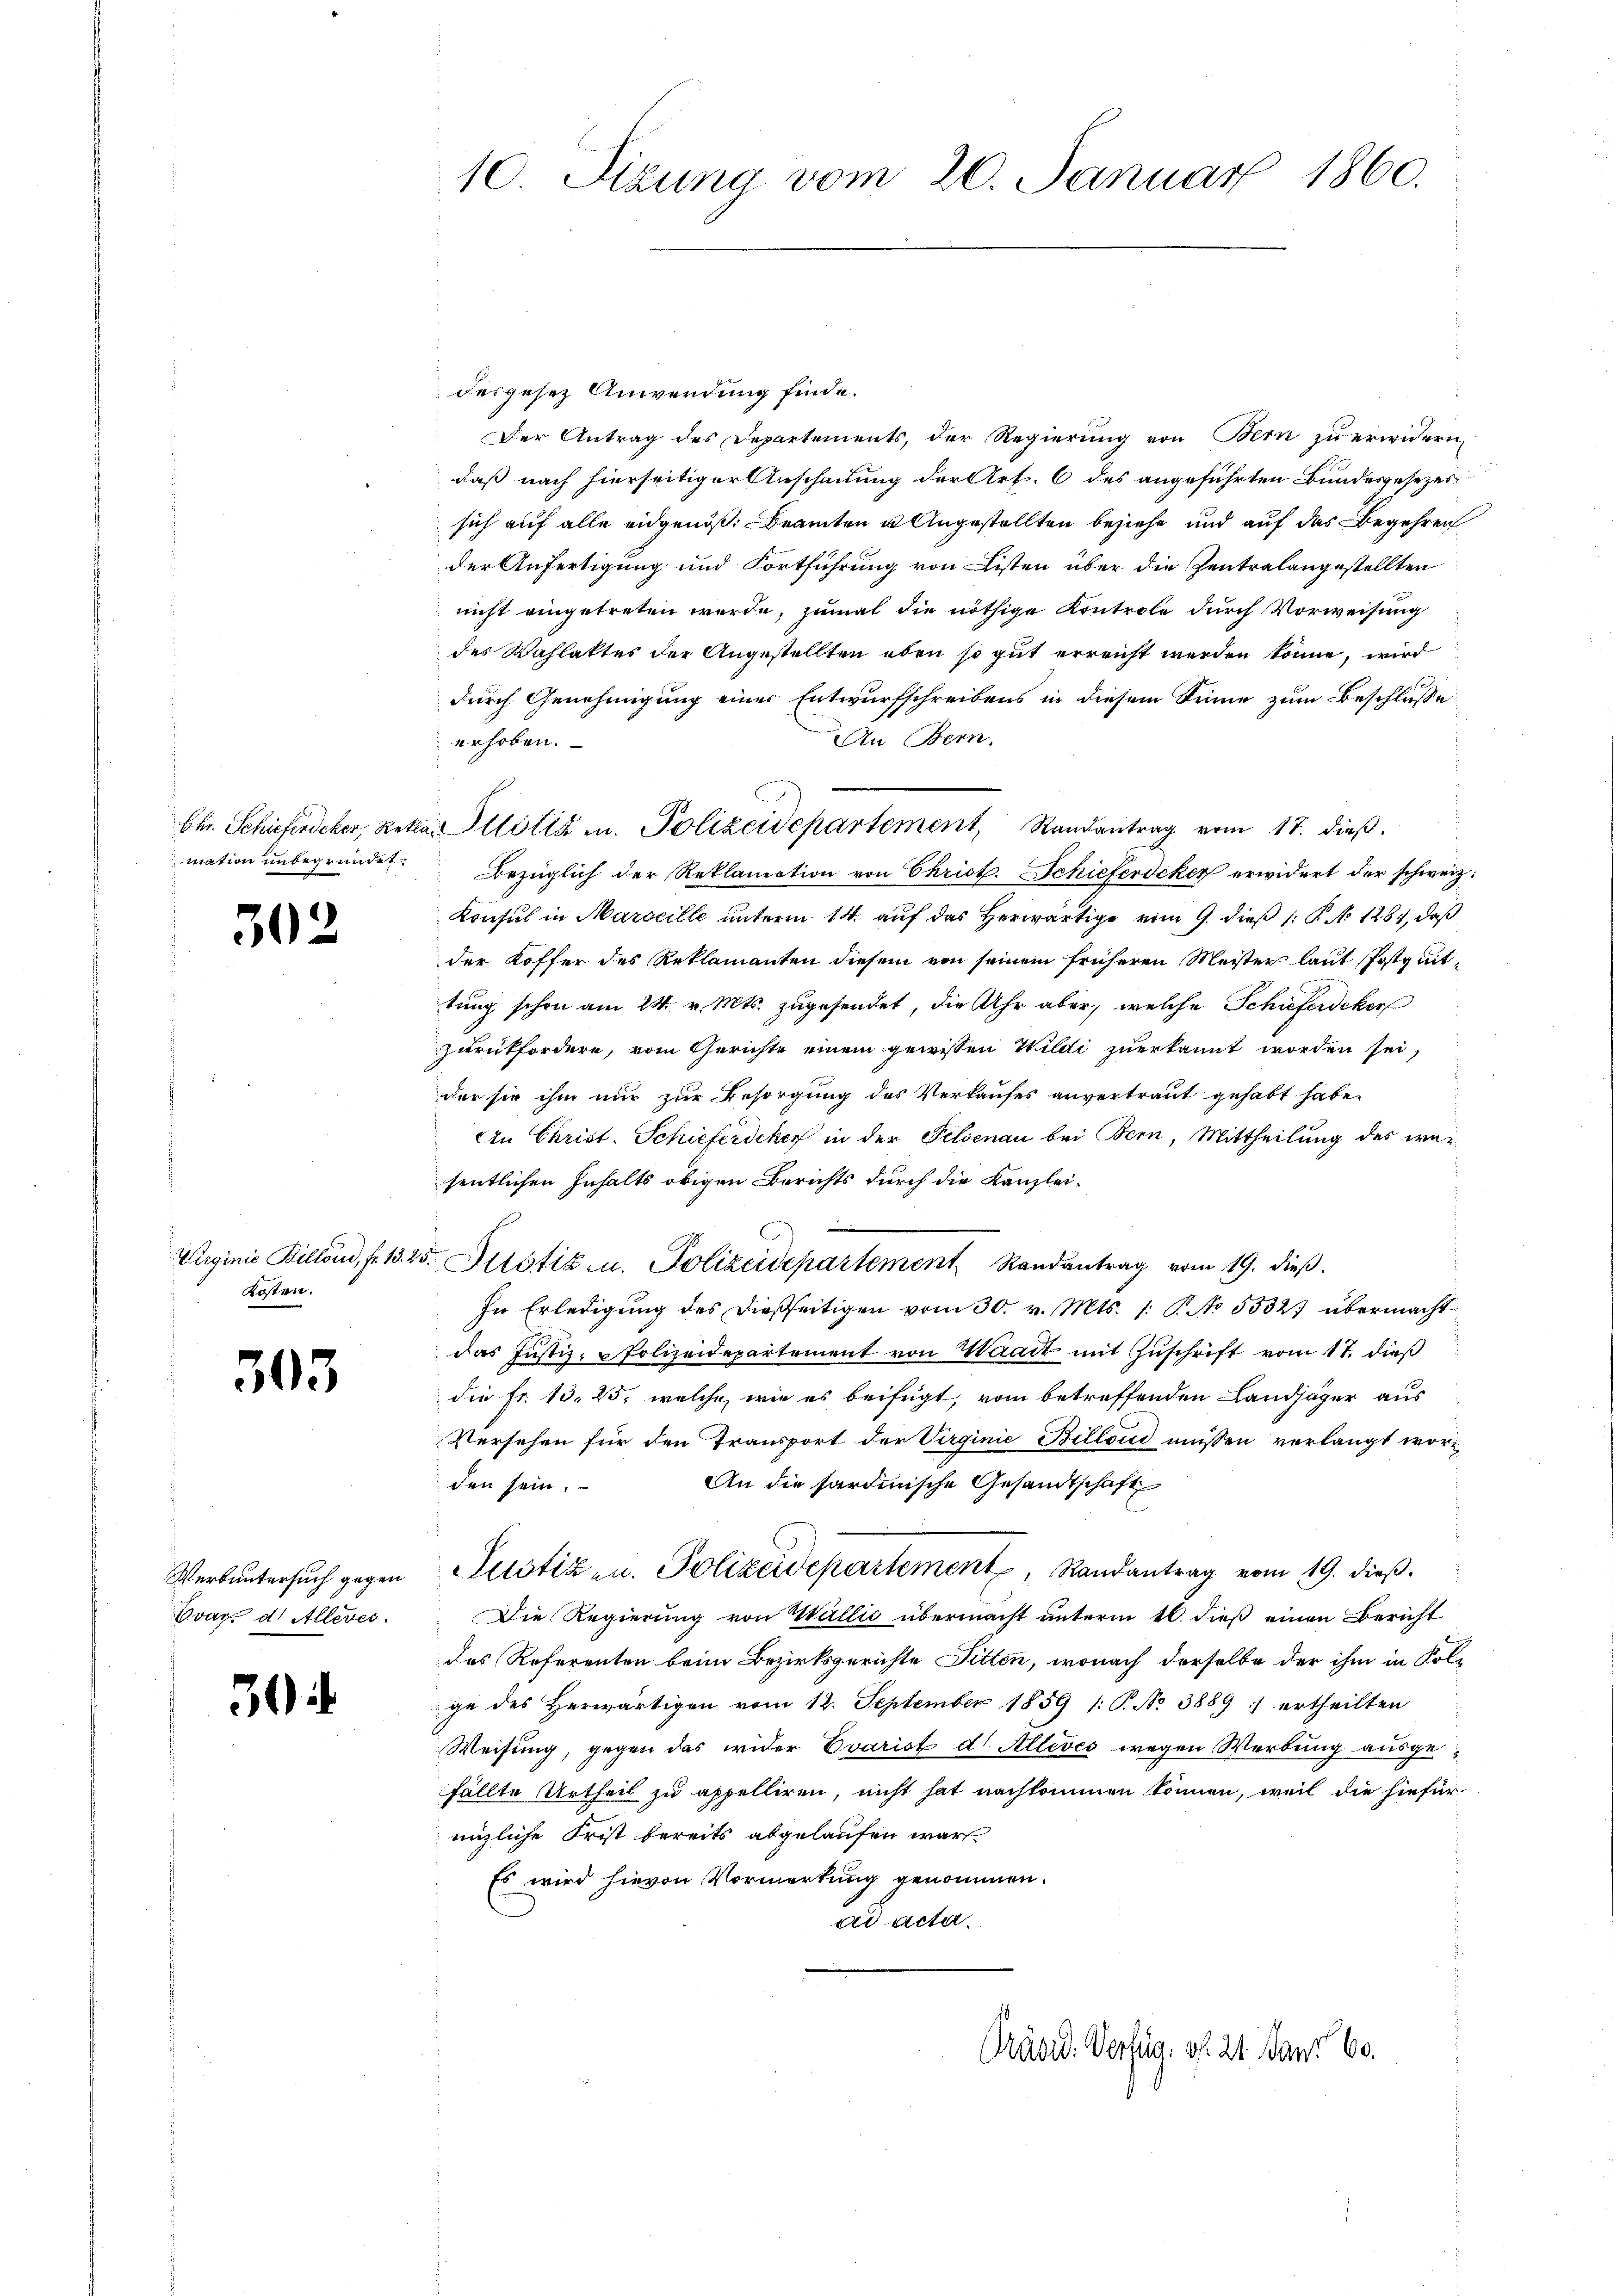
Ehr. Schieferdeker, Rett
mation unbegründet.

302

Virginie Billond, fr. 13. 25
Kosten.

303

Werbuntersuch gegen
Bvar d. Alleres.

3

10 Sizung vom 20. Januar 1860.

desgesez Anwendung finde.
Der Antrag des Departements, der Regierung von Bern zu erwidern,
daß nach hierseitiger Anschauung der Art. 6 des angeführten Bundesgesezes
sich auf alle eidgenöß. Beamten u Angestellten beziehe und auf das Begehren
der Anfertigung und Fortführung von Listen über die Zentralangestellten
nicht eingetreten werde, zumal die nöthige Kontrole durch Vorweisung
des Wahlaktes der Angestellten eben so gut erreicht werden könne, wird
durch Genehmigung einer Entwurfschreibens in diesem Sinne zum Beschlusse
An Bern.
erhoben.
bezüglich der Reklamation von Christ. Schieferdeker erwidert der schweiz.
Konsul in Marseille unterm 14. auf das Herwärtige vom 9. dieß (: P. No 1281, daß
der Koffer des Reklamanten diesem von seinem früheren Meister laut Post mittung schon am 24. v. Mts. zugesendet, die Uhr aber, welche Schieferdekor
zurückfordere, vom Gerichte einem griessen Wildi zuerkannt worden sei,
der sie ihm nur zur Besorgung des Verkaufes anvertraut gehabt habe.
An Christ. Schieferdeker in der Felsenau bei Bern, Mittheilung des wesentlichen Inhalts obigen Berichts durch die Kanzlei-
u
5. Justiz u. Polizeidepartement, Randantrag vom 19. dieß.
In Erledigŭng des dießseitigen vom 30. v. Mts. 1. P. No 5532. übermacht
das Justiz- u Polizeidepartement von Waadt mit Zŭschrift vom 17. dieß
die Fr. 13. 25, welche, wie es beifügt, vom betreffenden Landjäger aus
Versehen für den Transport der Virginie Billond müssen verlangt wor¬
An die sardinische Gesandtschaft
den sein.
Justiz- u. Polizeidepartement, Randantrag vom 19. dieß.
Die Regierung von Wallić übermacht unterm 16. dieß einen Bericht
das Referenten beim Bezirksgerichte Fitten, wonach derselbe der ihm in Kol-
ge des Herwärtigen vom 12. September 1859 1: P. No 3889 :/ ertheilten
Weisung, gegen das wider Evarist d. Allevés wegen Werbung ausgefällte Urtheil zu appelliren, nicht hat nachkommen können, weil die hiefür
enzliche Frist bereits abgelaufen war
Es wird hievon Vormerkung genommen.
ad acta.

an Iltolis u. Polizeidepartement Randantrag vom 17. dieβ.

Präsid. Verfüg f. 21. Jan. 60.